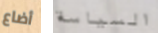
أضاع السياسة